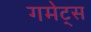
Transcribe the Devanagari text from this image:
गमेट्स